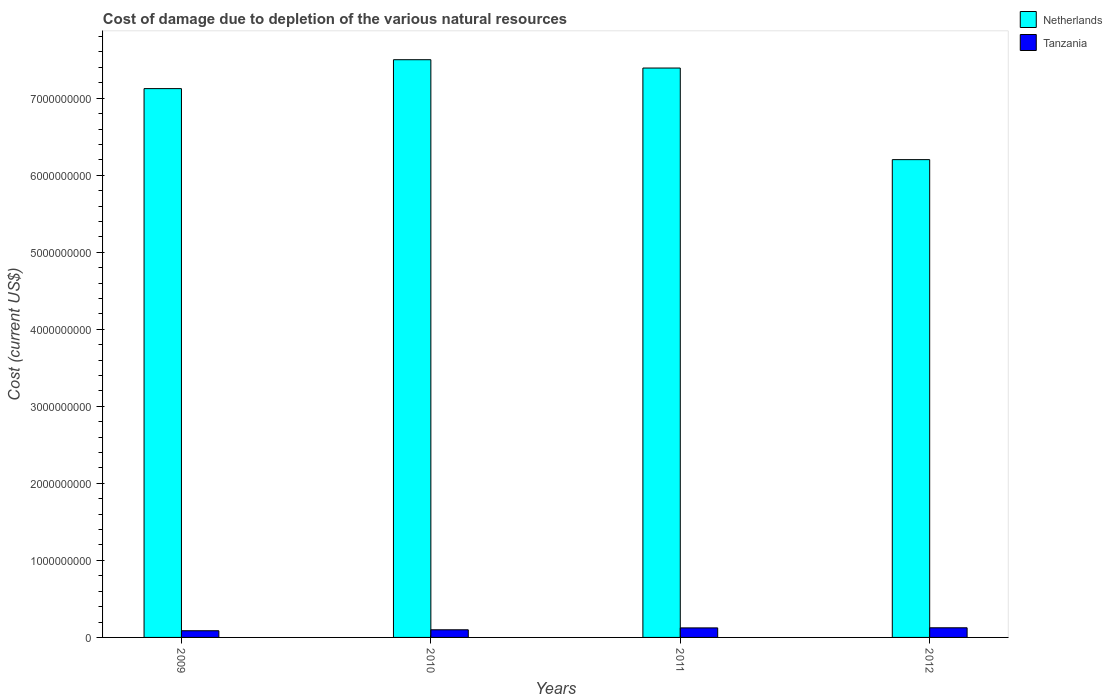
| Years | Netherlands | Tanzania |
 | --- | --- | --- |
 | 2009 | 7.12e+09 | 8.69e+07 |
 | 2010 | 7.5e+09 | 9.92e+07 |
 | 2011 | 7.39e+09 | 1.24e+08 |
 | 2012 | 6.2e+09 | 1.25e+08 |